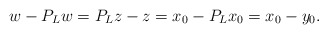
\begin{align*}w-P_Lw=P_Lz-z=x_0-P_Lx_0=x_0-y_0.\end{align*}